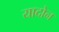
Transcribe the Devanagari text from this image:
यादोन